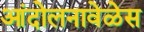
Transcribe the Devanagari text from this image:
आंदोलनावेळेस